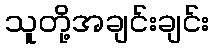
သူတို့အချင်းချင်း